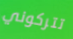
تتركوني